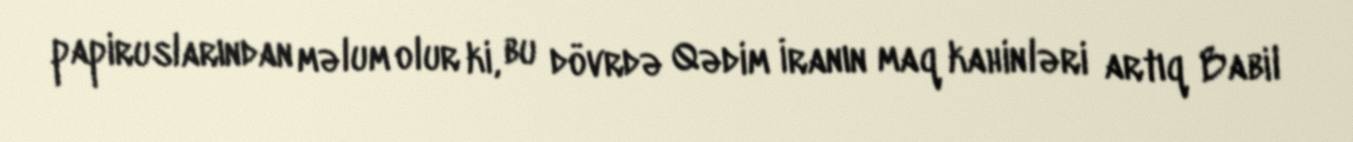
papiruslarından məlum olur ki, bu dövrdə Qədim İranın maq kahinləri artıq Babil